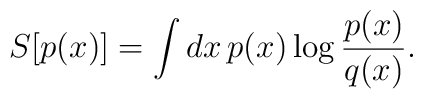
S[p(x)] = \int dx\, p(x) \log {p(x)\over q(x)}.